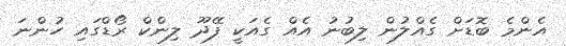
އެންމެ ބޮޑަށް ގެއްލުން ލިބުނު އެއް ގެއަކީ ފޭދޫ ލިންކް ރޯޑްގައި ހުންނަ